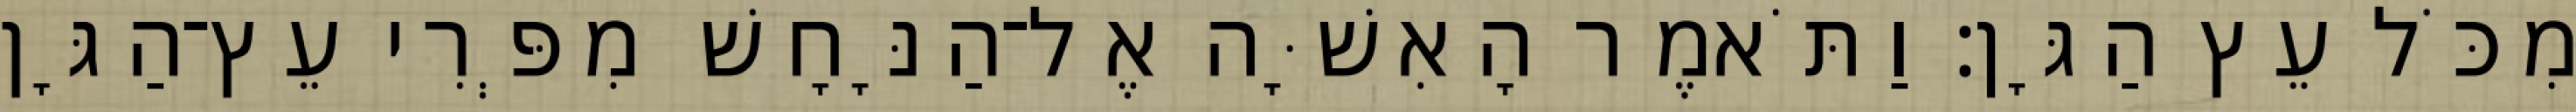
מִכֹּל עֵץ הַגָּן׃ וַתֹּאמֶר הָאִשָּׁה אֶל־הַנָּחָשׁ מִפְּרִי עֵץ־הַגָּן